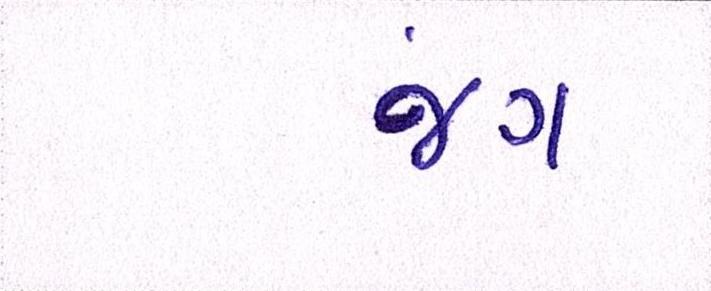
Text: જંગ